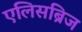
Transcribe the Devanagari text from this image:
एलिसब्रिज